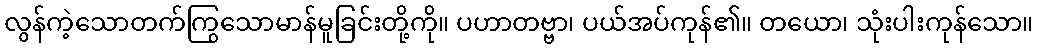
လွန်ကဲ့သောတက်ကြွသောမာန်မူခြင်းတို့ကို။ ပဟာတဗ္ဗာ၊ ပယ်အပ်ကုန်၏။ တယော၊ သုံးပါးကုန်သော။